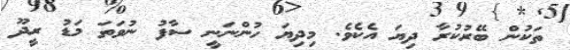
ތަކުން ބޭރުކުރާ ދިޔަ އެކެވެ. މިދިޔަ ހުންނަނީ ސާފު ނުވަތަ މަޑު ރީދޫ